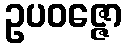
ဥပဝဇ္ဇော